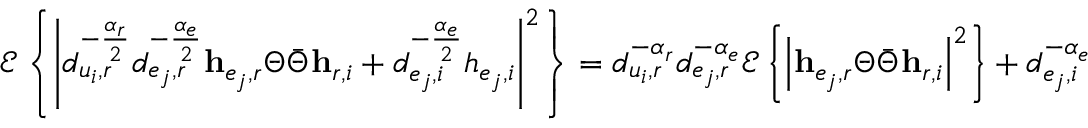
\mathscr { E } \left\{ \left| d _ { u _ { i } , r } ^ { - \frac { \alpha _ { r } } { 2 } } d _ { e _ { j } , r } ^ { - \frac { \alpha _ { e } } { 2 } } \mathbf { h } _ { e _ { j } , r } \Theta \bar { \Theta } \mathbf { h } _ { r , i } + d _ { e _ { j } , i } ^ { - \frac { \alpha _ { e } } { 2 } } h _ { e _ { j } , i } \right| ^ { 2 } \right\} = d _ { u _ { i } , r } ^ { - \alpha _ { r } } d _ { e _ { j } , r } ^ { - \alpha _ { e } } \mathscr { E } \left\{ \left| \mathbf { h } _ { e _ { j } , r } \Theta \bar { \Theta } \mathbf { h } _ { r , i } \right| ^ { 2 } \right\} + d _ { e _ { j } , i } ^ { - \alpha _ { e } }